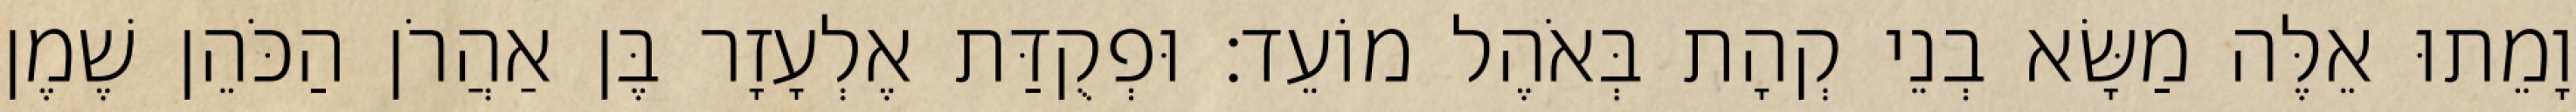
וָמֵתוּ אֵלֶּה מַשָּׂא בְנֵי קְהָת בְּאֹהֶל מוֹעֵד׃ וּפְקֻדַּת אֶלְעָזָר בֶּן אַהֲרֹן הַכֹּהֵן שֶׁמֶן